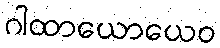
ဂါထာယောယေဝ